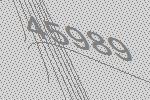
45989